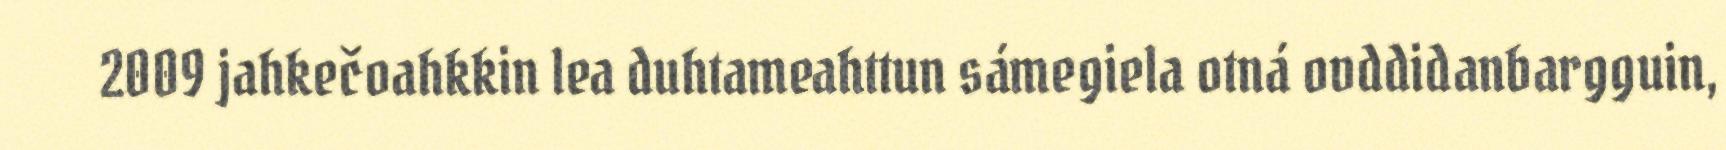
2009 jahkečoahkkin lea duhtameahttun sámegiela otná ovddidanbargguin,